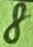
Text: 8